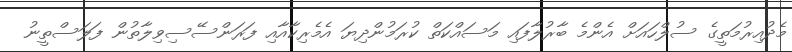
މެދުއިރުމަތީގެ ސުލްހައަށް އެންމެ ބާރުލާފައި މަސައްކަތް ކުރަމުންދިޔަ އެމެރިކާއާއި ފަރަންސޭސިވިލާތުން ފަލަސްތީނު